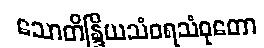
သောတိန္ဒြိယသံဝရသံဝုတော